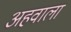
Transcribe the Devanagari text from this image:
अहवाला